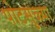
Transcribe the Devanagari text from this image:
पोटसुळ्या